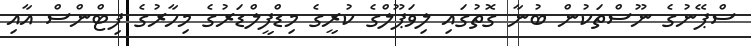
ސްޕޭނުގެ ނޫސްތަކުން ބުނާ ގޮތުގައި ލިވަޕޫލްގެ ކުރީގެ މިޑްފީލްޑަރުގެ މިހާރުގެ ފިޓްންސް އާއި